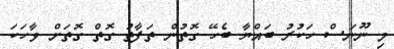
މި ނޫނަސް ހަކުރު ބައްޔާ ބެހޭ ގޮތުން ތަފާތު ގޮތް ގޮތަށް ވާހަކަ